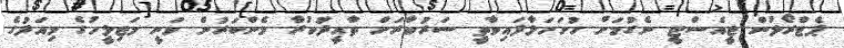
ޕެޓްރޯލުން ޖީއެސްޓީ ނެގުމަށް ހުށަހަޅާފައިވާތީ ސަރުކާރަށް ތާއީދުކުރާ މެންބަރުން ވަނީ މަޖިލީހުގެ މިއަދުގެ